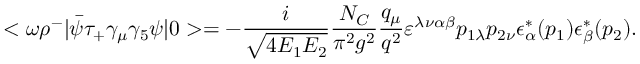
< \omega \rho ^ { - } | \bar { \psi } \tau _ { + } \gamma _ { \mu } \gamma _ { 5 } \psi | 0 > = - \frac { i } { \sqrt { 4 E _ { 1 } E _ { 2 } } } \frac { N _ { C } } { \pi ^ { 2 } g ^ { 2 } } \frac { q _ { \mu } } { q ^ { 2 } } \varepsilon ^ { \lambda \nu \alpha \beta } p _ { 1 \lambda } p _ { 2 \nu } \epsilon _ { \alpha } ^ { * } ( p _ { 1 } ) \epsilon _ { \beta } ^ { * } ( p _ { 2 } ) .